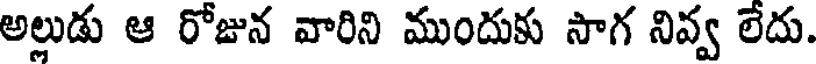
అల్లుడు ఆ రోజున వారిని ముందుకు సాగ నివ్వ లేదు.